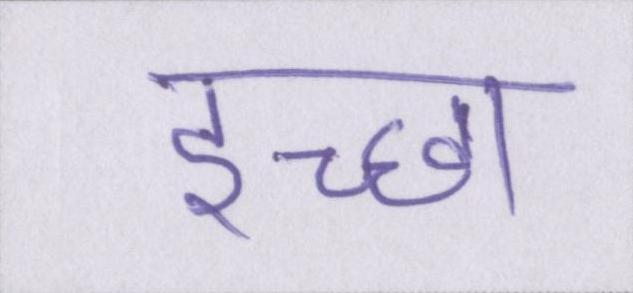
इच्छा